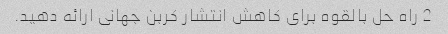
2 راه حل بالقوه برای کاهش انتشار کربن جهانی ارائه دهید.